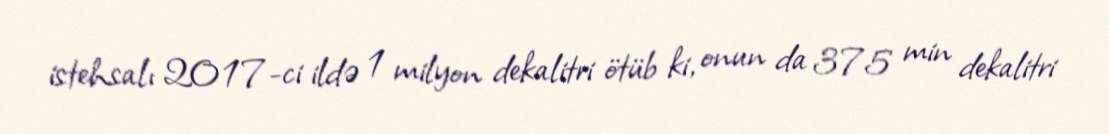
istehsalı 2017-ci ildə 1 milyon dekalitri ötüb ki, onun da 375 min dekalitri